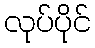
လုပ်ပိုင်